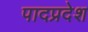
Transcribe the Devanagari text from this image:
पादप्रदेश